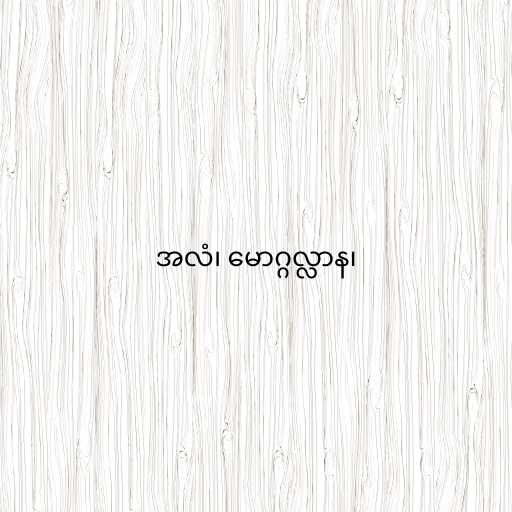
အလံ၊ မောဂ္ဂလ္လာန၊